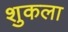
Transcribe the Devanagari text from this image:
शुकला